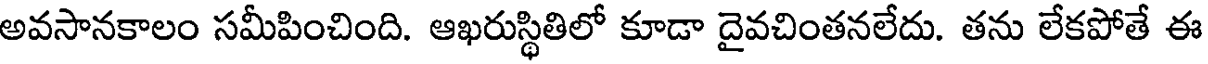
అవసానకాలం సమీపించింది. ఆఖరుస్థితిలో కూడా దైవచింతనలేదు. తను లేకపోతే ఈ